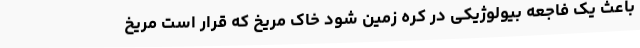
باعث یک فاجعه بیولوژیکی در کره زمین شود خاک مریخ که قرار است مریخ